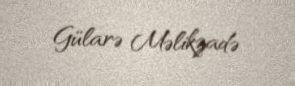
Gülarə Məlikzadə